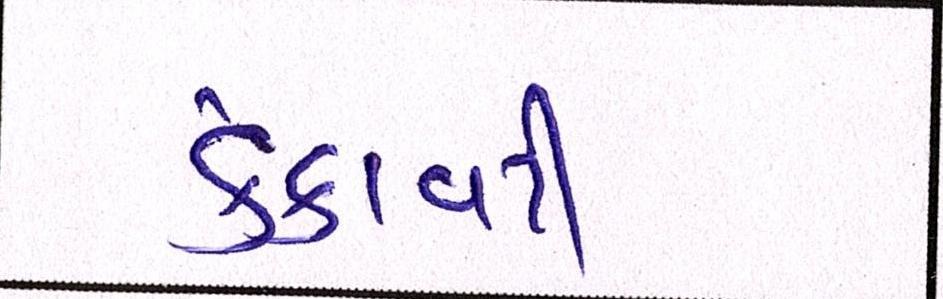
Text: કંકાવટી